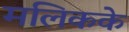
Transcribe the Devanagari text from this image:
मलिकके